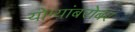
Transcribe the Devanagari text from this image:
योग्यांबरोबर